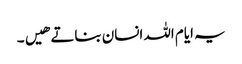
یہ ایام اللہ انسان بناتے هیں۔